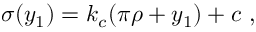
\sigma ( y _ { 1 } ) = k _ { c } ( \pi \rho + y _ { 1 } ) + c ~ , ~ \,